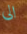
الى